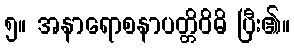
၅။ အနာရောစနာပတ္တိဝိဓိ ပြီး၏။